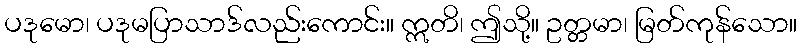
ပဒုမော၊ ပဒုမပြာသာဒ်လည်းကောင်း။ ဣတိ၊ ဤသို့။ ဥတ္တမာ၊ မြတ်ကုန်သော။